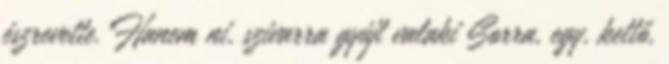
észrevette. Hanem ni, szivarra gyújt valaki Sorra, egy, kettő,